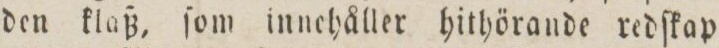
den klaß, ſom innchåller hithörande redſkap